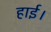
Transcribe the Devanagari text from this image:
हाई।